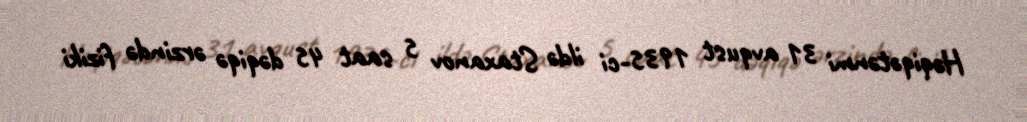
Həqiqətənmi 31 avqust 1935-ci ildə Staxanov 5 saat 45 dəqiqə ərzində fiziki